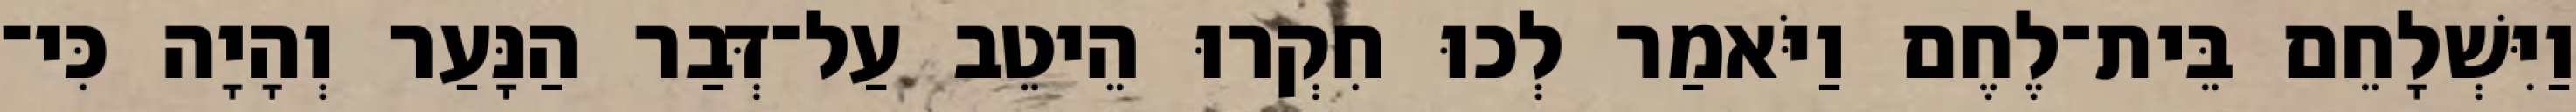
וַיִּשְׁלָחֵם בֵּית־לֶחֶם וַיֹּאמַר לְכוּ חִקְרוּ הֵיטֵב עַל־דְּבַר הַנָּעַר וְהָיָה כִּי־